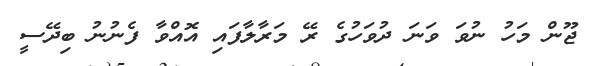
ޖޫން މަހު ނުވަ ވަނަ ދުވަހުގެ ރޭ މަރާލާފައި އޮއްވާ ފެނުނު ބިދޭސީ